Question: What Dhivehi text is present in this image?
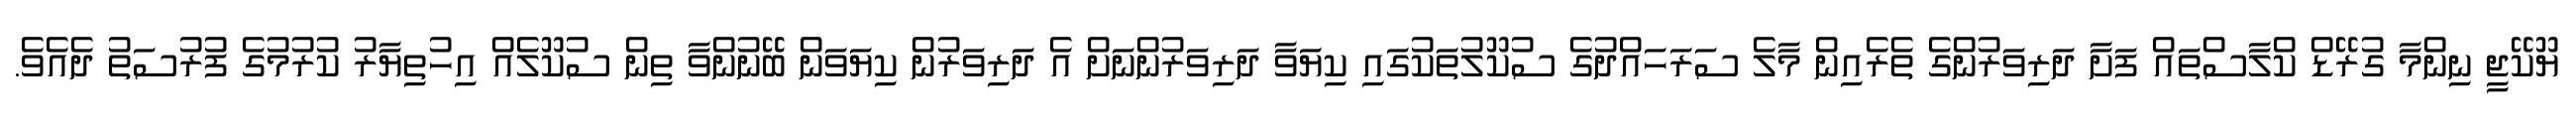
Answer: ޔޫކޭޖީ ނިންމާ ގުރޭޑް ކްލާސްތައް ފަށާ ދަރިވަރުންގެ ތެރެއިން މާލެ ސަރަހައްދުގެ ސުކޫލުތަކުގައި ކިޔަވާ ދަރިވަރުންނަށް އެ ދަރިވަރުން ކިޔަވަން ބޭނުންވާ ތިން ސުކޫލެއް އިހުތިޔާރު ކުރުމުގެ ފުރުސަތު ދެއެވެ.